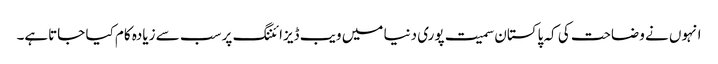
انہوں نے وضاحت کی کہ پاکستان سمیت پوری دنیا میں ویب ڈیزائننگ پر سب سے زیادہ کام کیا جاتاہے۔